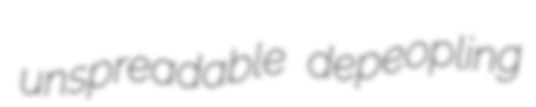
unspreadable depeopling